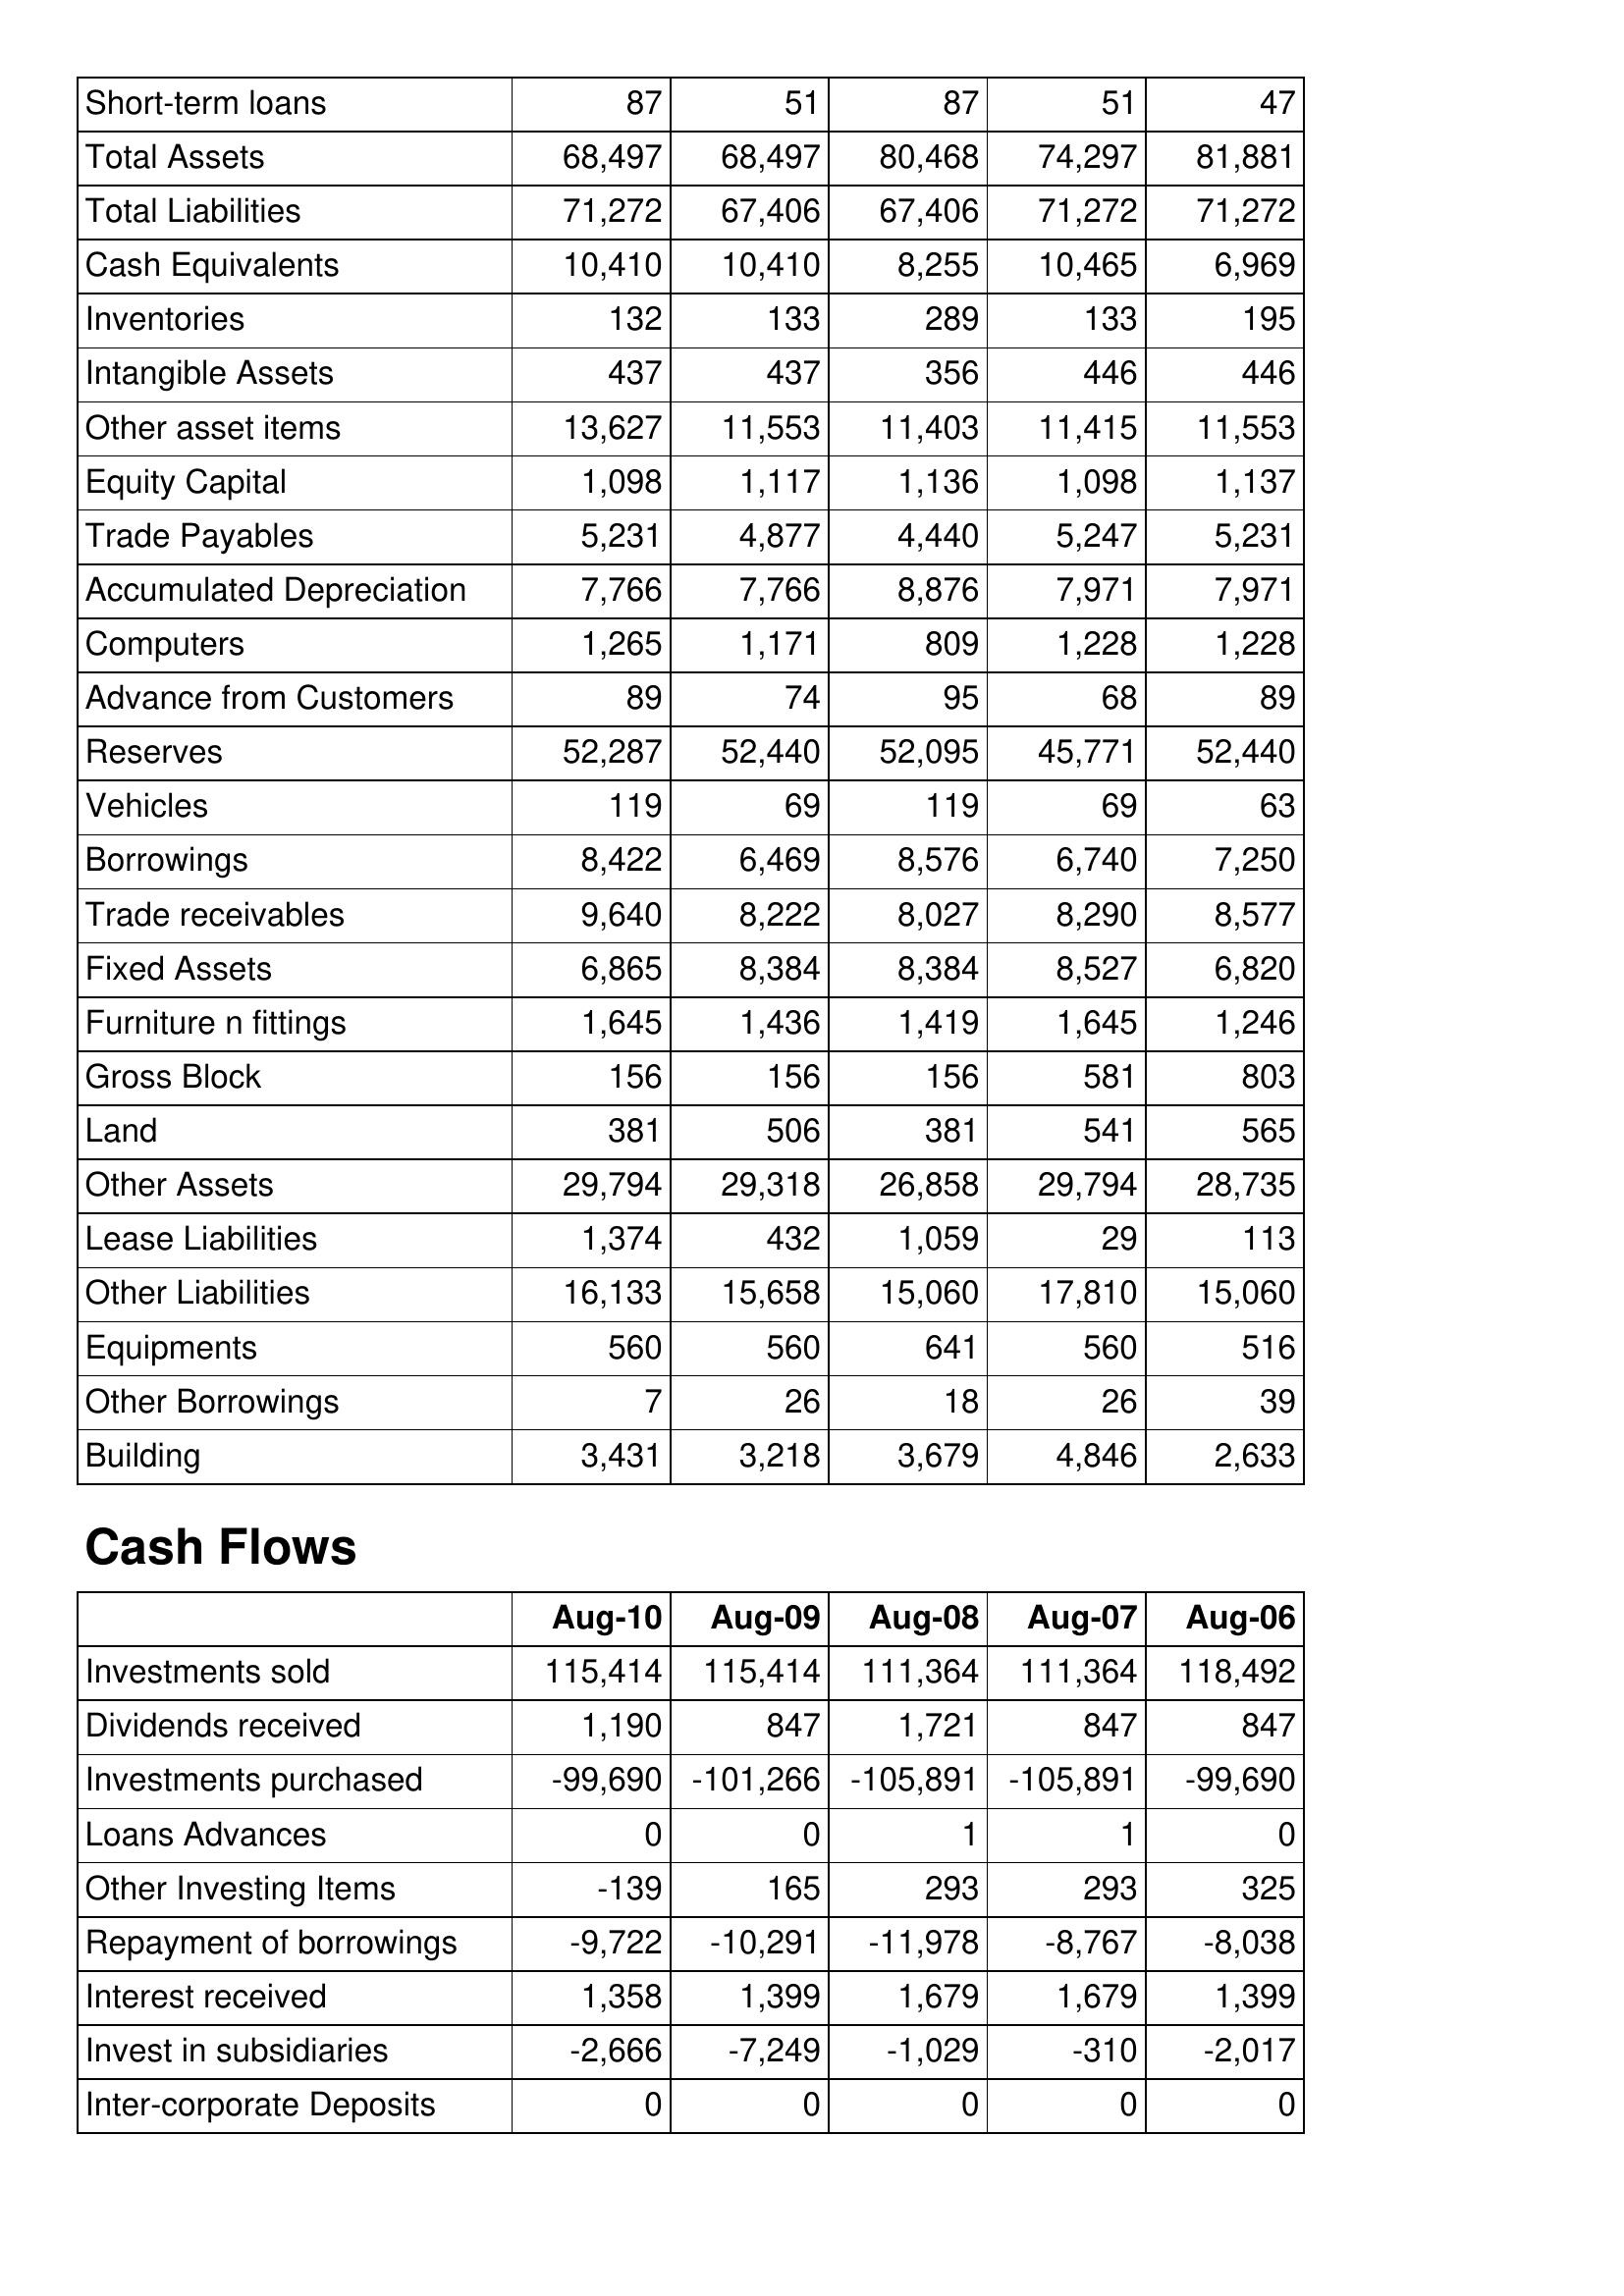
Aug-10: Balance Sheet: Short-term loans: 87
Total Assets: 68,497
Total Liabilities: 71,272
Cash Equivalents: 10,410
Inventories: 132
Intangible Assets: 437
Other asset items: 13,627
Equity Capital: 1,098
Trade Payables: 5,231
Accumulated Depreciation: 7,766
Computers: 1,265
Advance from Customers: 89
Reserves: 52,287
Vehicles: 119
Borrowings: 8,422
Trade receivables: 9,640
Fixed Assets: 6,865
Furniture n fittings: 1,645
Gross Block: 156
Land: 381
Other Assets: 29,794
Lease Liabilities: 1,374
Other Liabilities: 16,133
Equipments: 560
Other Borrowings: 7
Building: 3,431
Cash Flows: Investments sold: 115,414
Dividends received: 1,190
Investments purchased: -99,690
Loans Advances: 0
Other Investing Items: -139
Repayment of borrowings: -9,722
Interest received: 1,358
Invest in subsidiaries: -2,666
Inter-corporate Deposits: 0
Aug-09: Balance Sheet: Short-term loans: 51
Total Assets: 68,497
Total Liabilities: 67,406
Cash Equivalents: 10,410
Inventories: 133
Intangible Assets: 437
Other asset items: 11,553
Equity Capital: 1,117
Trade Payables: 4,877
Accumulated Depreciation: 7,766
Computers: 1,171
Advance from Customers: 74
Reserves: 52,440
Vehicles: 69
Borrowings: 6,469
Trade receivables: 8,222
Fixed Assets: 8,384
Furniture n fittings: 1,436
Gross Block: 156
Land: 506
Other Assets: 29,318
Lease Liabilities: 432
Other Liabilities: 15,658
Equipments: 560
Other Borrowings: 26
Building: 3,218
Cash Flows: Investments sold: 115,414
Dividends received: 847
Investments purchased: -101,266
Loans Advances: 0
Other Investing Items: 165
Repayment of borrowings: -10,291
Interest received: 1,399
Invest in subsidiaries: -7,249
Inter-corporate Deposits: 0
Aug-08: Balance Sheet: Short-term loans: 87
Total Assets: 80,468
Total Liabilities: 67,406
Cash Equivalents: 8,255
Inventories: 289
Intangible Assets: 356
Other asset items: 11,403
Equity Capital: 1,136
Trade Payables: 4,440
Accumulated Depreciation: 8,876
Computers: 809
Advance from Customers: 95
Reserves: 52,095
Vehicles: 119
Borrowings: 8,576
Trade receivables: 8,027
Fixed Assets: 8,384
Furniture n fittings: 1,419
Gross Block: 156
Land: 381
Other Assets: 26,858
Lease Liabilities: 1,059
Other Liabilities: 15,060
Equipments: 641
Other Borrowings: 18
Building: 3,679
Cash Flows: Investments sold: 111,364
Dividends received: 1,721
Investments purchased: -105,891
Loans Advances: 1
Other Investing Items: 293
Repayment of borrowings: -11,978
Interest received: 1,679
Invest in subsidiaries: -1,029
Inter-corporate Deposits: 0
Aug-07: Balance Sheet: Short-term loans: 51
Total Assets: 74,297
Total Liabilities: 71,272
Cash Equivalents: 10,465
Inventories: 133
Intangible Assets: 446
Other asset items: 11,415
Equity Capital: 1,098
Trade Payables: 5,247
Accumulated Depreciation: 7,971
Computers: 1,228
Advance from Customers: 68
Reserves: 45,771
Vehicles: 69
Borrowings: 6,740
Trade receivables: 8,290
Fixed Assets: 8,527
Furniture n fittings: 1,645
Gross Block: 581
Land: 541
Other Assets: 29,794
Lease Liabilities: 29
Other Liabilities: 17,810
Equipments: 560
Other Borrowings: 26
Building: 4,846
Cash Flows: Investments sold: 111,364
Dividends received: 847
Investments purchased: -105,891
Loans Advances: 1
Other Investing Items: 293
Repayment of borrowings: -8,767
Interest received: 1,679
Invest in subsidiaries: -310
Inter-corporate Deposits: 0
Aug-06: Balance Sheet: Short-term loans: 47
Total Assets: 81,881
Total Liabilities: 71,272
Cash Equivalents: 6,969
Inventories: 195
Intangible Assets: 446
Other asset items: 11,553
Equity Capital: 1,137
Trade Payables: 5,231
Accumulated Depreciation: 7,971
Computers: 1,228
Advance from Customers: 89
Reserves: 52,440
Vehicles: 63
Borrowings: 7,250
Trade receivables: 8,577
Fixed Assets: 6,820
Furniture n fittings: 1,246
Gross Block: 803
Land: 565
Other Assets: 28,735
Lease Liabilities: 113
Other Liabilities: 15,060
Equipments: 516
Other Borrowings: 39
Building: 2,633
Cash Flows: Investments sold: 118,492
Dividends received: 847
Investments purchased: -99,690
Loans Advances: 0
Other Investing Items: 325
Repayment of borrowings: -8,038
Interest received: 1,399
Invest in subsidiaries: -2,017
Inter-corporate Deposits: 0